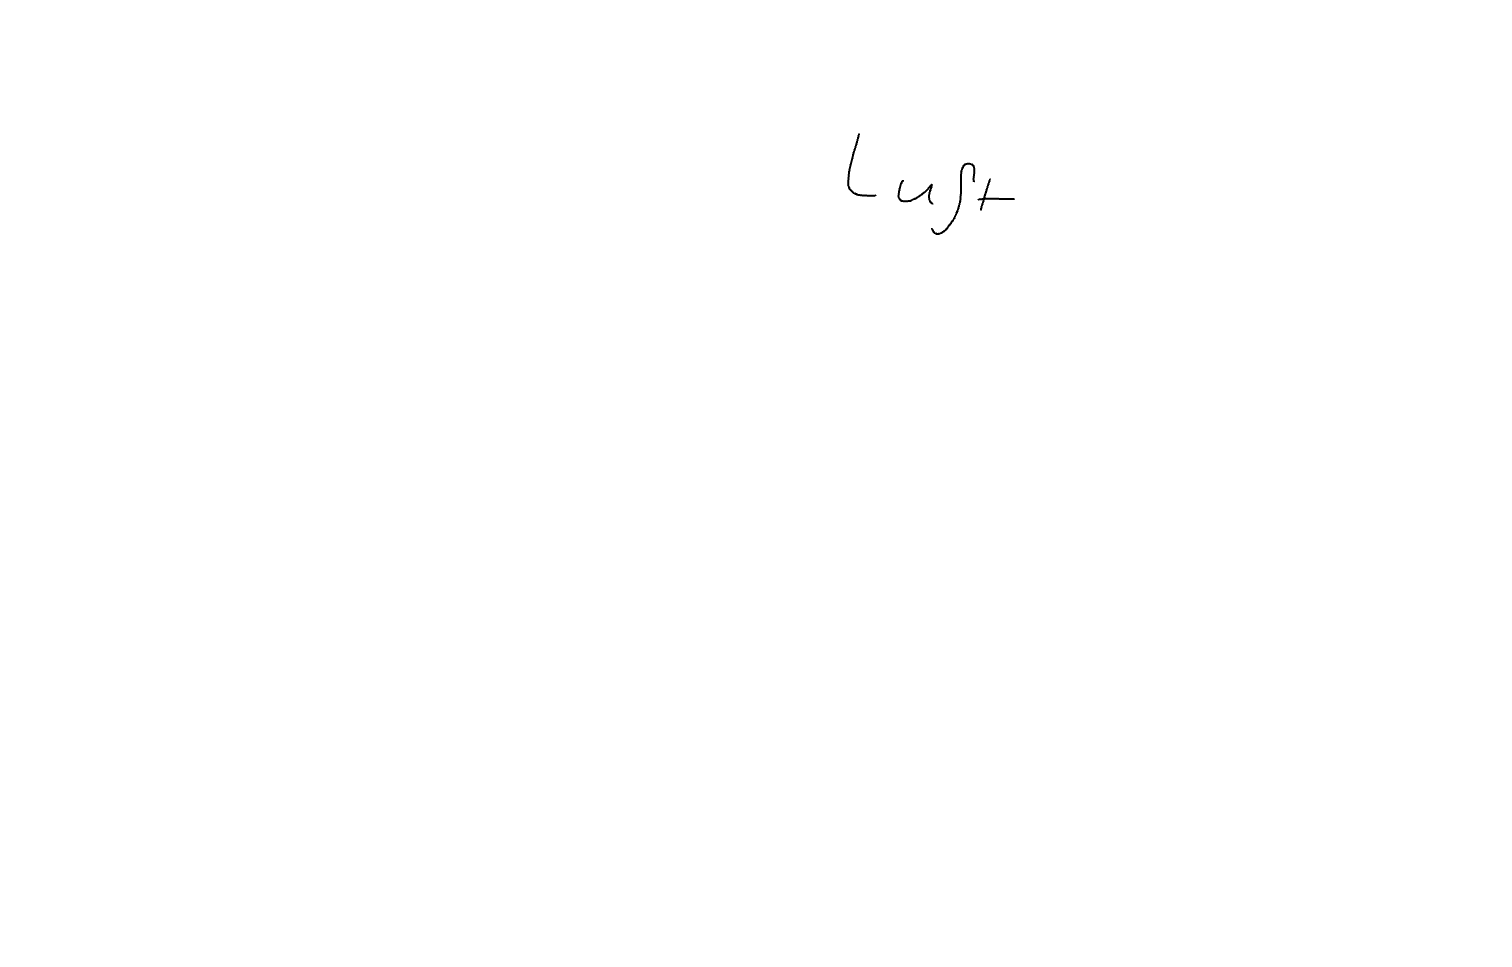
Text: Luft